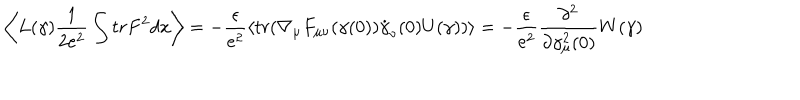
LaTeX: \left< L ( \gamma ) \frac { 1 } { 2 e ^ { 2 } } \int t r F ^ { 2 } d x \right> = - \frac { \epsilon } { e ^ { 2 } } \left< t r ( \nabla _ { \mu } F _ { \mu \nu } ( \gamma ( 0 ) ) \dot { \gamma } _ { \nu } ( 0 ) U ( \gamma ) ) \right> = - \frac { \epsilon } { e ^ { 2 } } \frac { \partial ^ { 2 } } { \partial \gamma _ { \mu } ^ { 2 } ( 0 ) } W ( \gamma )